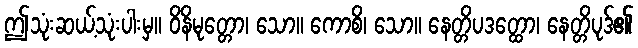
ဤသုံးဆယ့်သုံးပါးမှ။ ဝိနိမုတ္တော၊ သော။ ကောစိ၊ သော။ နေတ္တိပဒတ္ထော၊ နေတ္တိပုဒ်၏